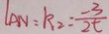
l _ { A N } = k _ { 2 } = \frac { - 3 } { 2 t }